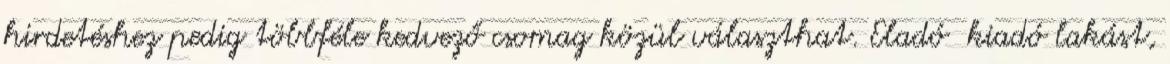
hirdetéshez pedig többféle kedvező csomag közül választhat. Eladó kiadó lakást,